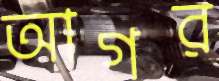
আগর